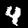
Digit: 4